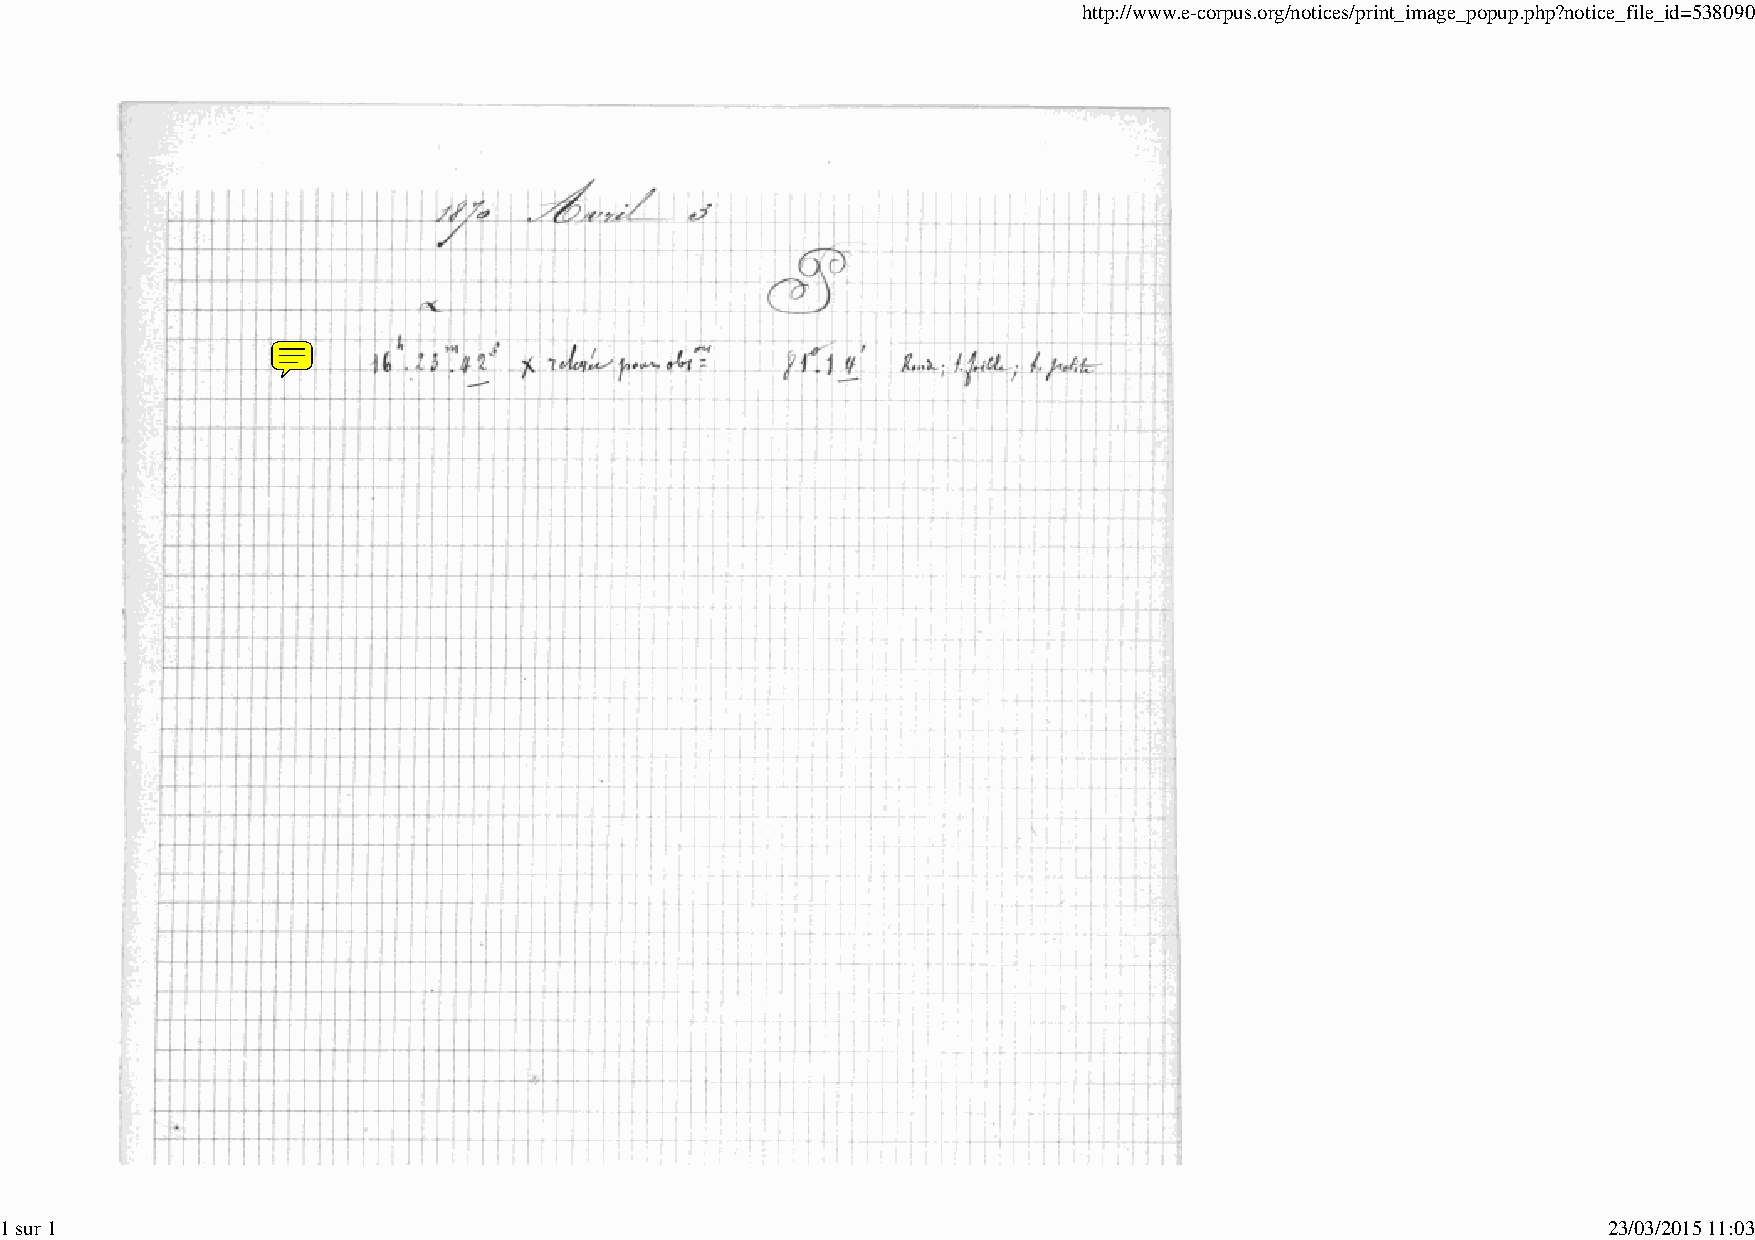
http://www.e-corpus.org/notices/print_image_popup.php?notice_file_id=538090
 1 sur 1                                                                                                   23/03/2015 11:03